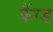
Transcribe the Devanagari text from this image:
फैंग्ड